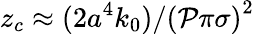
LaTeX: z_{c}\approx(2a^{4}k_{0})/\left(\mathcal{P}\pi\sigma\right)^{2}